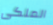
الملكى